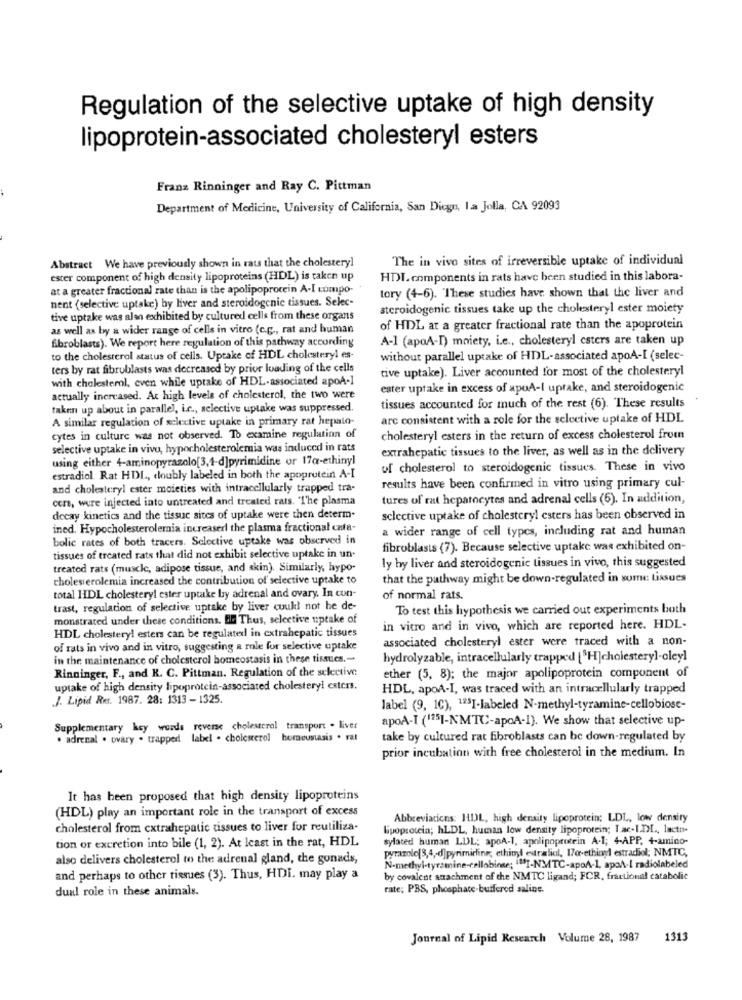
Regulation of the selective uptake of high density
lipoprotein-associated cholesteryl esters
Franz Rinninger and Ray C. Pittman
Department of Medicine, University of California, San Diego, la Jolla, CA 92093
Abstract We have previously shown in rats that the cholesteryl
The in vivo sites of irreversible uptake of individual
ester component of high density lipoproteins (HDL) is taken up
HDL components in rats have been studied in this labora-
at a greater fractional rate than is the apolipoprotein A-I compo-
nent (selective uptake) hy liver and steroidogenic tissues. Selec-
tory (4-6). These studies have shown that the liver and
steroidogenic tissues take up the cholesteryl ester moiety
tive uptake was alan exhibited by cultured cells from these organs
as well as by a wider range of cells in vitro (c.c ., rat and human
of HDL at a greater fractional rate than the apoprotein
fibroblasts). We report here regulation of this pathway according
A-1 (apoA-I) moiety, i.e ., cholesteryl caters are taken up
to the cholesterol status of cells. Uptake of HDL cholesteryl es-
without parallel uptake of HDL-associated apoA-I (selec-
ters by rat fibroblasts was decreased by prior loading of the cells
tive uptake). Liver accounted for most of the cholesteryl
with cholesterol, even while uptake of HDL-associated apoA-1
ester uptake in excess of apuA-I uptake, and steroidogenic
actually increased. At high levels of cholesterol, the two were
taken up about in parallel, L.c ., selective uptake was suppressed.
tissues accounted for much of the rest (6). These results
A similar regulation of selective uptake in primary rat hepato-
arc consistent with a role for the selective uptake of HDL
cytes in culture was not observed. To examine regulation of
cholesteryl esters in the return of excess cholesterol from
selective uptake in vivu, hypocholesterolemia was induced in rats
extrahepatic tissues to the liver, as well as in the delivery
using either 4-aminopyrazolo[3,4-d]pyrimidine or 17q-ethinyl
of cholesterol to steroidogenic tissues. These in vivo
estradiol. Rat HDL, doubly labeled in both the apoprotein A-I
and cholesteryl ester moieties with intracellularly trapped tra-
results have been confirmed in vitro using primary cul-
cers, were injected into untreated and treated rats. "The plasma
tures of rat hepatocytes and adrenal cells (6). In addition,
decay kinetics and the tissue sites of uptake were then determ-
sclective uptake of cholesteryl esters has been observed in
ined. Hypocholesterolemia increaserl the plasma fractional cafe-
a wider range of cell types, including rat and human
bolic rates of both tracers. Selective uptake was observed in
fibroblasts (7). Because selective uptake was exhibited on-
tissues of treated rats that did not exhibit selective uptake in un.
treated rats (muscle, adipose tissue, and skin). Similarly, hypo-
ly by liver and steroidogenic tissues in vivo, this suggested
cholesterolemia increased the contribution of selective uptake to
that the pathway might be down-regulated in some tissues
total HDL cholestery! ester uptake by adrenal and ovary. In con-
of normal rats.
trast, regulation of selective uptake by liver cuuk! not he de-
To test this hypothesis we carried out experiments both
monstrated under these conditions. B. Thus, selective uptake of
in vitro and in vivo, which are reported here. HDL-
HDL cholesteryl esters can be regulated in extrahepatic tissues
associated cholesteryl ester were traced with a non-
of rats in vivo and in vitro, suggesting a role for selective uptake
in the maintenance of cholesterol homeostasis in these tissues .-
hydrolyzable, intracellularly trapped [ H]cholesteryl-oleyl
Rinninger, F ., and K. C. Pittman. Regulation of the selective
ether (5, 8); the major apolipoprotein component of
uptake of high density lipoprotein-associated cholestery! esters.
HDL, apoA-I, was traced with an intracellularly trapped
J. Lipid Res. 1987. 28: 1313 - 1325.
label (9, 10), 125I-labeled N-methyl-tyramine-cellobiose-
apoA-I (125I-NMTC-apoA-1). We show that selective up-
Supplementary key words reverse cholesterol transport . liver
. adrenal . ovary . trapped label . cholesterol horneustasis . rat
take by cultured rat fibroblasts can be down-regulated by
prior incubation with free cholesterol in the medium. In
It has been proposed that high density lipoproteins
(HDL) play an important role in the transport of excess
Abbreviations: HDL, high density lipoprotein; LDL, low density
cholesterol from extrahepatic tissues to liver for reutiliza-
lipoprotein; hLDL, human low density lipoprotein; I ac-I.DI ., lacto-
tion or excretion into bile (1, 2). At least in the rat, HDL
sylated human LDL; apoA-1, apolipoprotein A.I; 4-APP, +-amino-
pyrazole(3,4 ,- d]pyrimiring; ethinyl edralicl, 170-ethinyl estradiol; NMTC,
also delivers cholesterol to the adrenal gland, the gonads,
N-methyl-tyrsmine-cellobinse; ""I-NMTC-apoA-1, apoh-I radiolabeled
and perhaps to other tissues (3). Thus, HDI. may play a
by covalent attachment of the NMTC ligand; FCR, fractional catabolic
dual role in these animals.
rate; PBS, phosphate-buffered saline.
Journal of Lipid Research Volume 28, 1987 1313